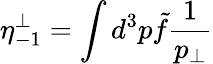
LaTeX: \eta_{-1}^{\perp}=\int d^{3}p\tilde{f}{\frac{1}{p_{\perp}}}